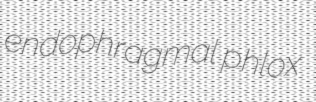
endophragmal phlox